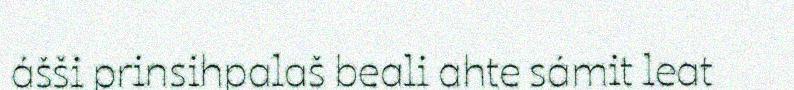
ášši prinsihpalaš beali ahte sámit leat